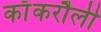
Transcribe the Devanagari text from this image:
काँकरौली